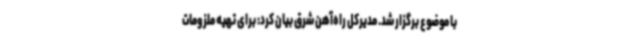
با موضوع برگزار شد. مدیرکل راه‌آهن شرق بیان کرد: برای تهیه ملزومات